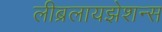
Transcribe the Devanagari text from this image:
लीब्रलायझेशन्स